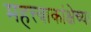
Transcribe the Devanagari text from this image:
महत्त्वाकांक्षेच्या